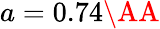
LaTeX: a=0.74\textrm{\AA}